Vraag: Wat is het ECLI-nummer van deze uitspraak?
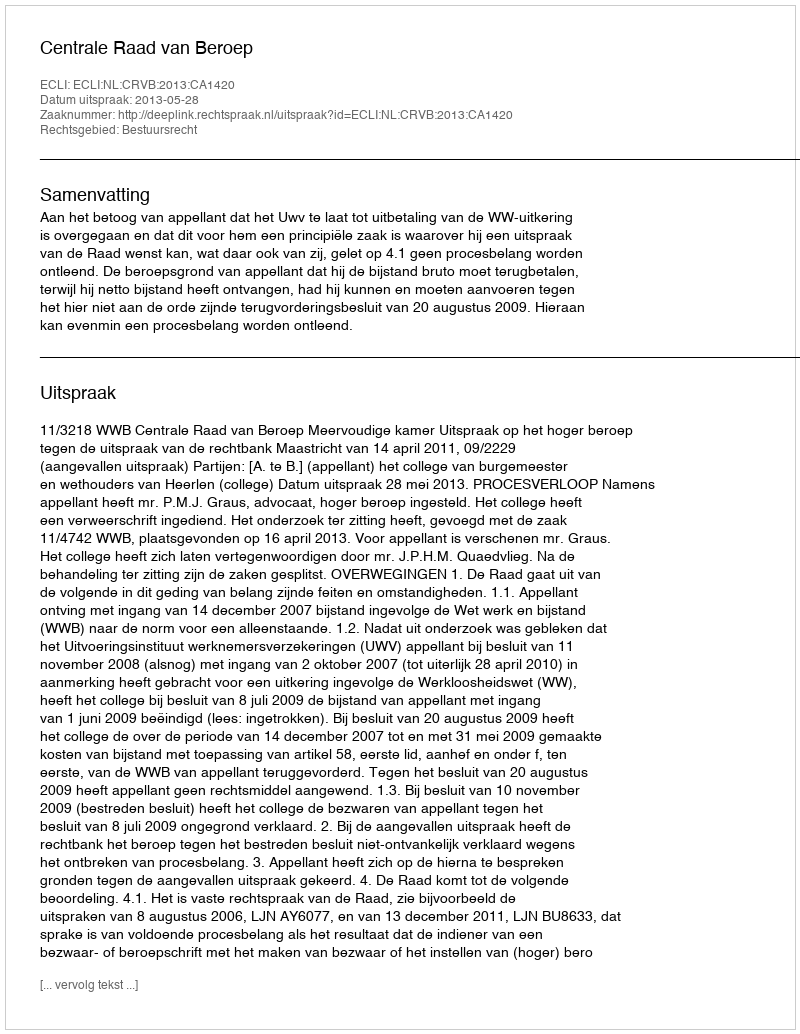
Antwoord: ECLI:NL:CRVB:2013:CA1420